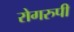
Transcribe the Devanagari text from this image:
रोगरुपी